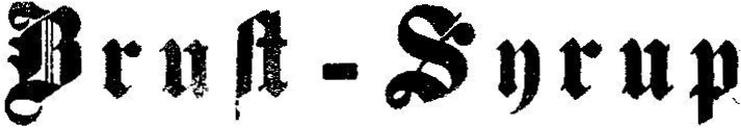
Prust-Syrup